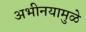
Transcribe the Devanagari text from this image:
अभीनयामुळे